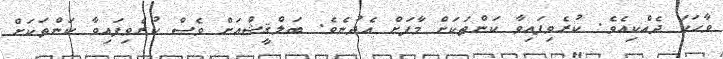
ވާހަކަ ދެއްކިއެވެ. ކުރެވިފައިވާ ކަންތަކަށް މާފަށް އެދުނެވެ. ބަލްޤީޝްއަށް ވެސް ކުރެވިފައިވާ ކަންތަކަށް